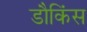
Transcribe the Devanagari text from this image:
डौकिंस